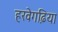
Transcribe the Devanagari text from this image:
हरवेगढि़या